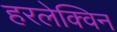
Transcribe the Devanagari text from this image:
हरलेक्विन